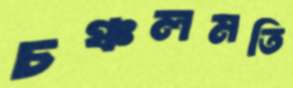
চঞ্চলমতি